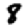
Digit: 8